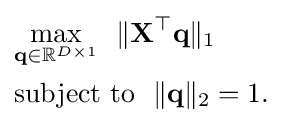
{\begin{aligned}&{\underset {\mathbf {q} \in \mathbb {R} ^{D\times 1}}{\max }}~~\|\mathbf {X} ^{\top }\mathbf {q} \|_{1}\\&{\text{subject to}}~~\|\mathbf {q} \|_{2}=1.\end{aligned}}